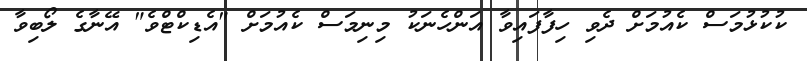
ކުކުޅުމަސް ކެއުމަށް ދެވި ހިފާފައިވާ އަންހެނަކު މިނިމަސް ކެއުމަށް "އެޑިކްޓްވެ" އޭނާގެ ލޯބިވާ